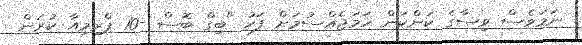
ނަމަވެސް ވިސާގެ ކަންކަން ހަމަޖެއްސުމަށް ފަހު "ބިގް ބޮސް -10 ޕްރިމިއާ ކުރަން